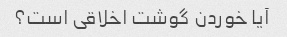
آیا خوردن گوشت اخلاقی است؟